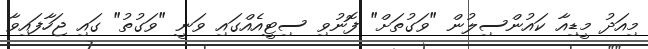
މިއަދު މީޑިއާ ކައުންސިލުން "ވަގުތަށް" ފޮނުވި ސިޓީއެއްގައި ވަނީ "ވަގުތު" ގައި ޖަހާފައިވާ